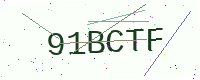
Text: 91BCTF